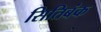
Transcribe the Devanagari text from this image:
सितिबंक